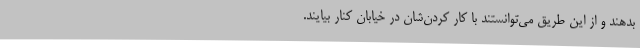
بدهند و از این طریق می‌توانستند با کار کردن‌شان در خیابان کنار بیایند.